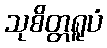
သုစိတ္တရူပံ